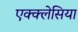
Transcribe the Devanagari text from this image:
एक्क्लेसिया